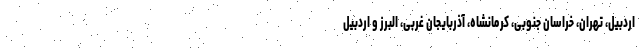
اردبیل، تهران، خراسان جنوبی، کرمانشاه، آذربایجان غربی، البرز و اردبیل